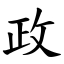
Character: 政